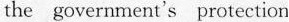
the government's protection